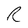
Character: R